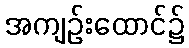
အကျဉ်းထောင်၌